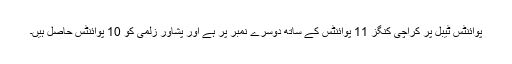
پوائنٹس ٹیبل پر کراچی کنگز 11 پوائنٹس کے ساتھ دوسرے نمبر پر ہے اور پشاور زلمی کو 10 پوائنٹس حاصل ہیں۔